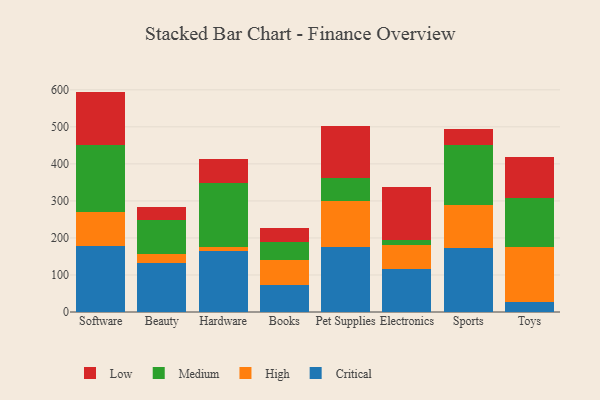
{"axis": {"x": "Category", "y": "Backlog"}, "legend": ["Critical", "High", "Low", "Medium"], "data": [{"x": "Software", "y": 178.9, "type": "Critical"}, {"x": "Software", "y": 92.0, "type": "High"}, {"x": "Software", "y": 178.9, "type": "Medium"}, {"x": "Software", "y": 145.4, "type": "Low"}, {"x": "Beauty", "y": 132.1, "type": "Critical"}, {"x": "Beauty", "y": 23.8, "type": "High"}, {"x": "Beauty", "y": 91.9, "type": "Medium"}, {"x": "Beauty", "y": 34.8, "type": "Low"}, {"x": "Hardware", "y": 165.9, "type": "Critical"}, {"x": "Hardware", "y": 9.4, "type": "High"}, {"x": "Hardware", "y": 173.5, "type": "Medium"}, {"x": "Hardware", "y": 63.8, "type": "Low"}, {"x": "Books", "y": 72.1, "type": "Critical"}, {"x": "Books", "y": 67.3, "type": "High"}, {"x": "Books", "y": 48.8, "type": "Medium"}, {"x": "Books", "y": 39.0, "type": "Low"}, {"x": "Pet Supplies", "y": 174.6, "type": "Critical"}, {"x": "Pet Supplies", "y": 123.9, "type": "High"}, {"x": "Pet Supplies", "y": 62.1, "type": "Medium"}, {"x": "Pet Supplies", "y": 142.6, "type": "Low"}, {"x": "Electronics", "y": 116.2, "type": "Critical"}, {"x": "Electronics", "y": 66.1, "type": "High"}, {"x": "Electronics", "y": 11.8, "type": "Medium"}, {"x": "Electronics", "y": 142.9, "type": "Low"}, {"x": "Sports", "y": 173.4, "type": "Critical"}, {"x": "Sports", "y": 115.2, "type": "High"}, {"x": "Sports", "y": 162.4, "type": "Medium"}, {"x": "Sports", "y": 42.0, "type": "Low"}, {"x": "Toys", "y": 27.2, "type": "Critical"}, {"x": "Toys", "y": 148.9, "type": "High"}, {"x": "Toys", "y": 132.8, "type": "Medium"}, {"x": "Toys", "y": 109.8, "type": "Low"}]}